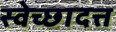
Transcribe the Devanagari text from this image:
स्वेच्छादत्त